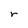
Character: r